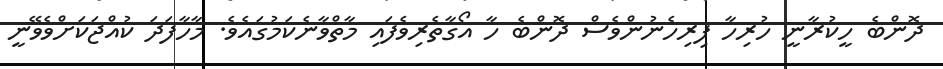
ދޮންބެ ހީކުރާނީ ހުރިހާ ފިރިހެނުންވެސް ދޮންބެ ހާ އޯގާތެރިވެފައި މާތްވާނެކަމުގައެވެ. މާހާފަދަ ކުއްޖަކަށްވެވޭނީ